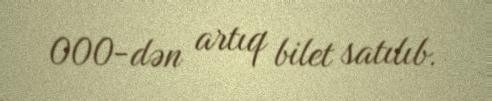
000-dən artıq bilet satılıb.